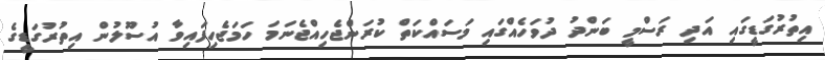
އިތުރުގަޑީގައި އަދި ރަސްމީ ބަންދު ދުވަހެއްގައި މަސައްކަތް ކުރަންޖެހިއްޖެނަމަ ހަމަޖެހިފައިވާ އުސޫލުން އިތުރުގަޑީގެ